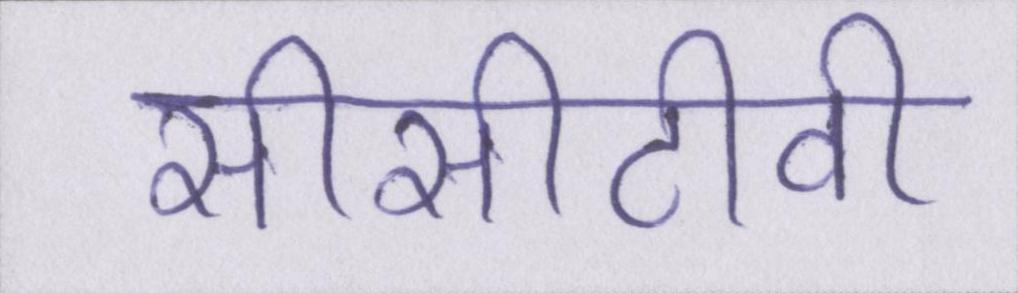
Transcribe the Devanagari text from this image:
सीसीटीवी